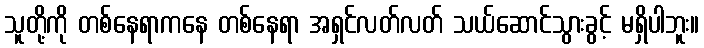
သူတို့ကို တစ်နေရာကနေ တစ်နေရာ အရှင်လတ်လတ် သယ်ဆောင်သွားခွင့် မရှိပါဘူး။